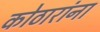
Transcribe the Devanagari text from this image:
कोठारांना